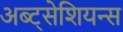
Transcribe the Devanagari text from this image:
अब्ट्सेशियन्स